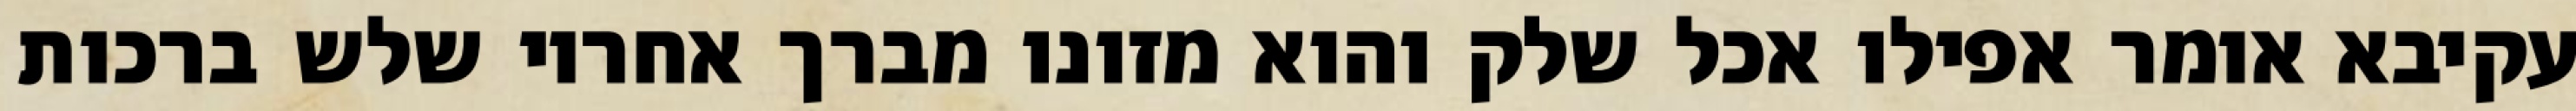
עקיבא אומר אפילו אכל שלק והוא מזונו מברך אחריו שלש ברכות